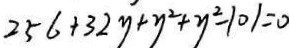
2 5 6 + 3 2 y + y ^ { 2 } + y ^ { 2 } - 1 0 1 = 0